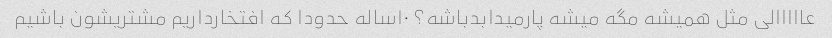
عااااالی مثل همیشه مگه میشه پارمیدابدباشه؟ ۱۰ساله حدودا که افتخارداریم مشتریشون باشیم